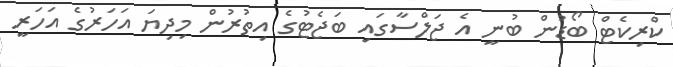
ކްރިކެޓް ބޯޑުން ބުނީ އެ ޖަލްސާގައި ބަޖެޓުގެ އިތުރުން މިދިޔަ އަހަރުގެ އަހަރީ